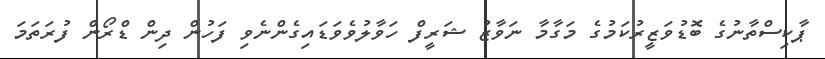
ޕާކިސްތާނުގެ ބޮޑުވަޒީރުކަމުގެ މަގާމާ ނަވާޒު ޝަރީފް ހަވާލުވެވަޑައިގެންނެވި ފަހުން ދިން ޑްރޯން ފުރަތަމަ